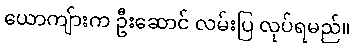
ယောကျ်ားက ဦးဆောင် လမ်းပြ လုပ်ရမည်။